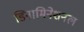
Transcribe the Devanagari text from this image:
डिनामिनेशनल